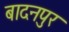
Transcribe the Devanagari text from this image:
बादनपुर